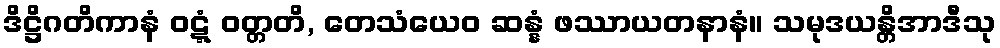
ဒိဋ္ဌိဂတိကာနံ ဝဋ္ဋံ ဝတ္တတိ, တေသံယေဝ ဆန္နံ ဖဿာယတနာနံ။ သမုဒယန္တိအာဒီသု